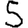
Digit: 5